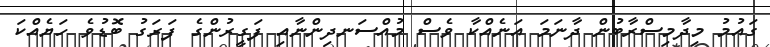
ގައުމު މިދާމިސްރާބުން ދާނަމަ އަނެއްކާ ވެސް މުއްސަނދިންނާއި ފަގީރުންގެ ފަރަގު ބޮޑުވެ ހަޔެއްކަ